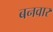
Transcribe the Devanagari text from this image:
बनवार